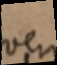
vero